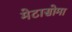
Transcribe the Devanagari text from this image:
मेटासोमा